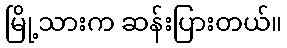
မြို့သားက ဆန်းပြားတယ်။